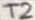
Text: T2